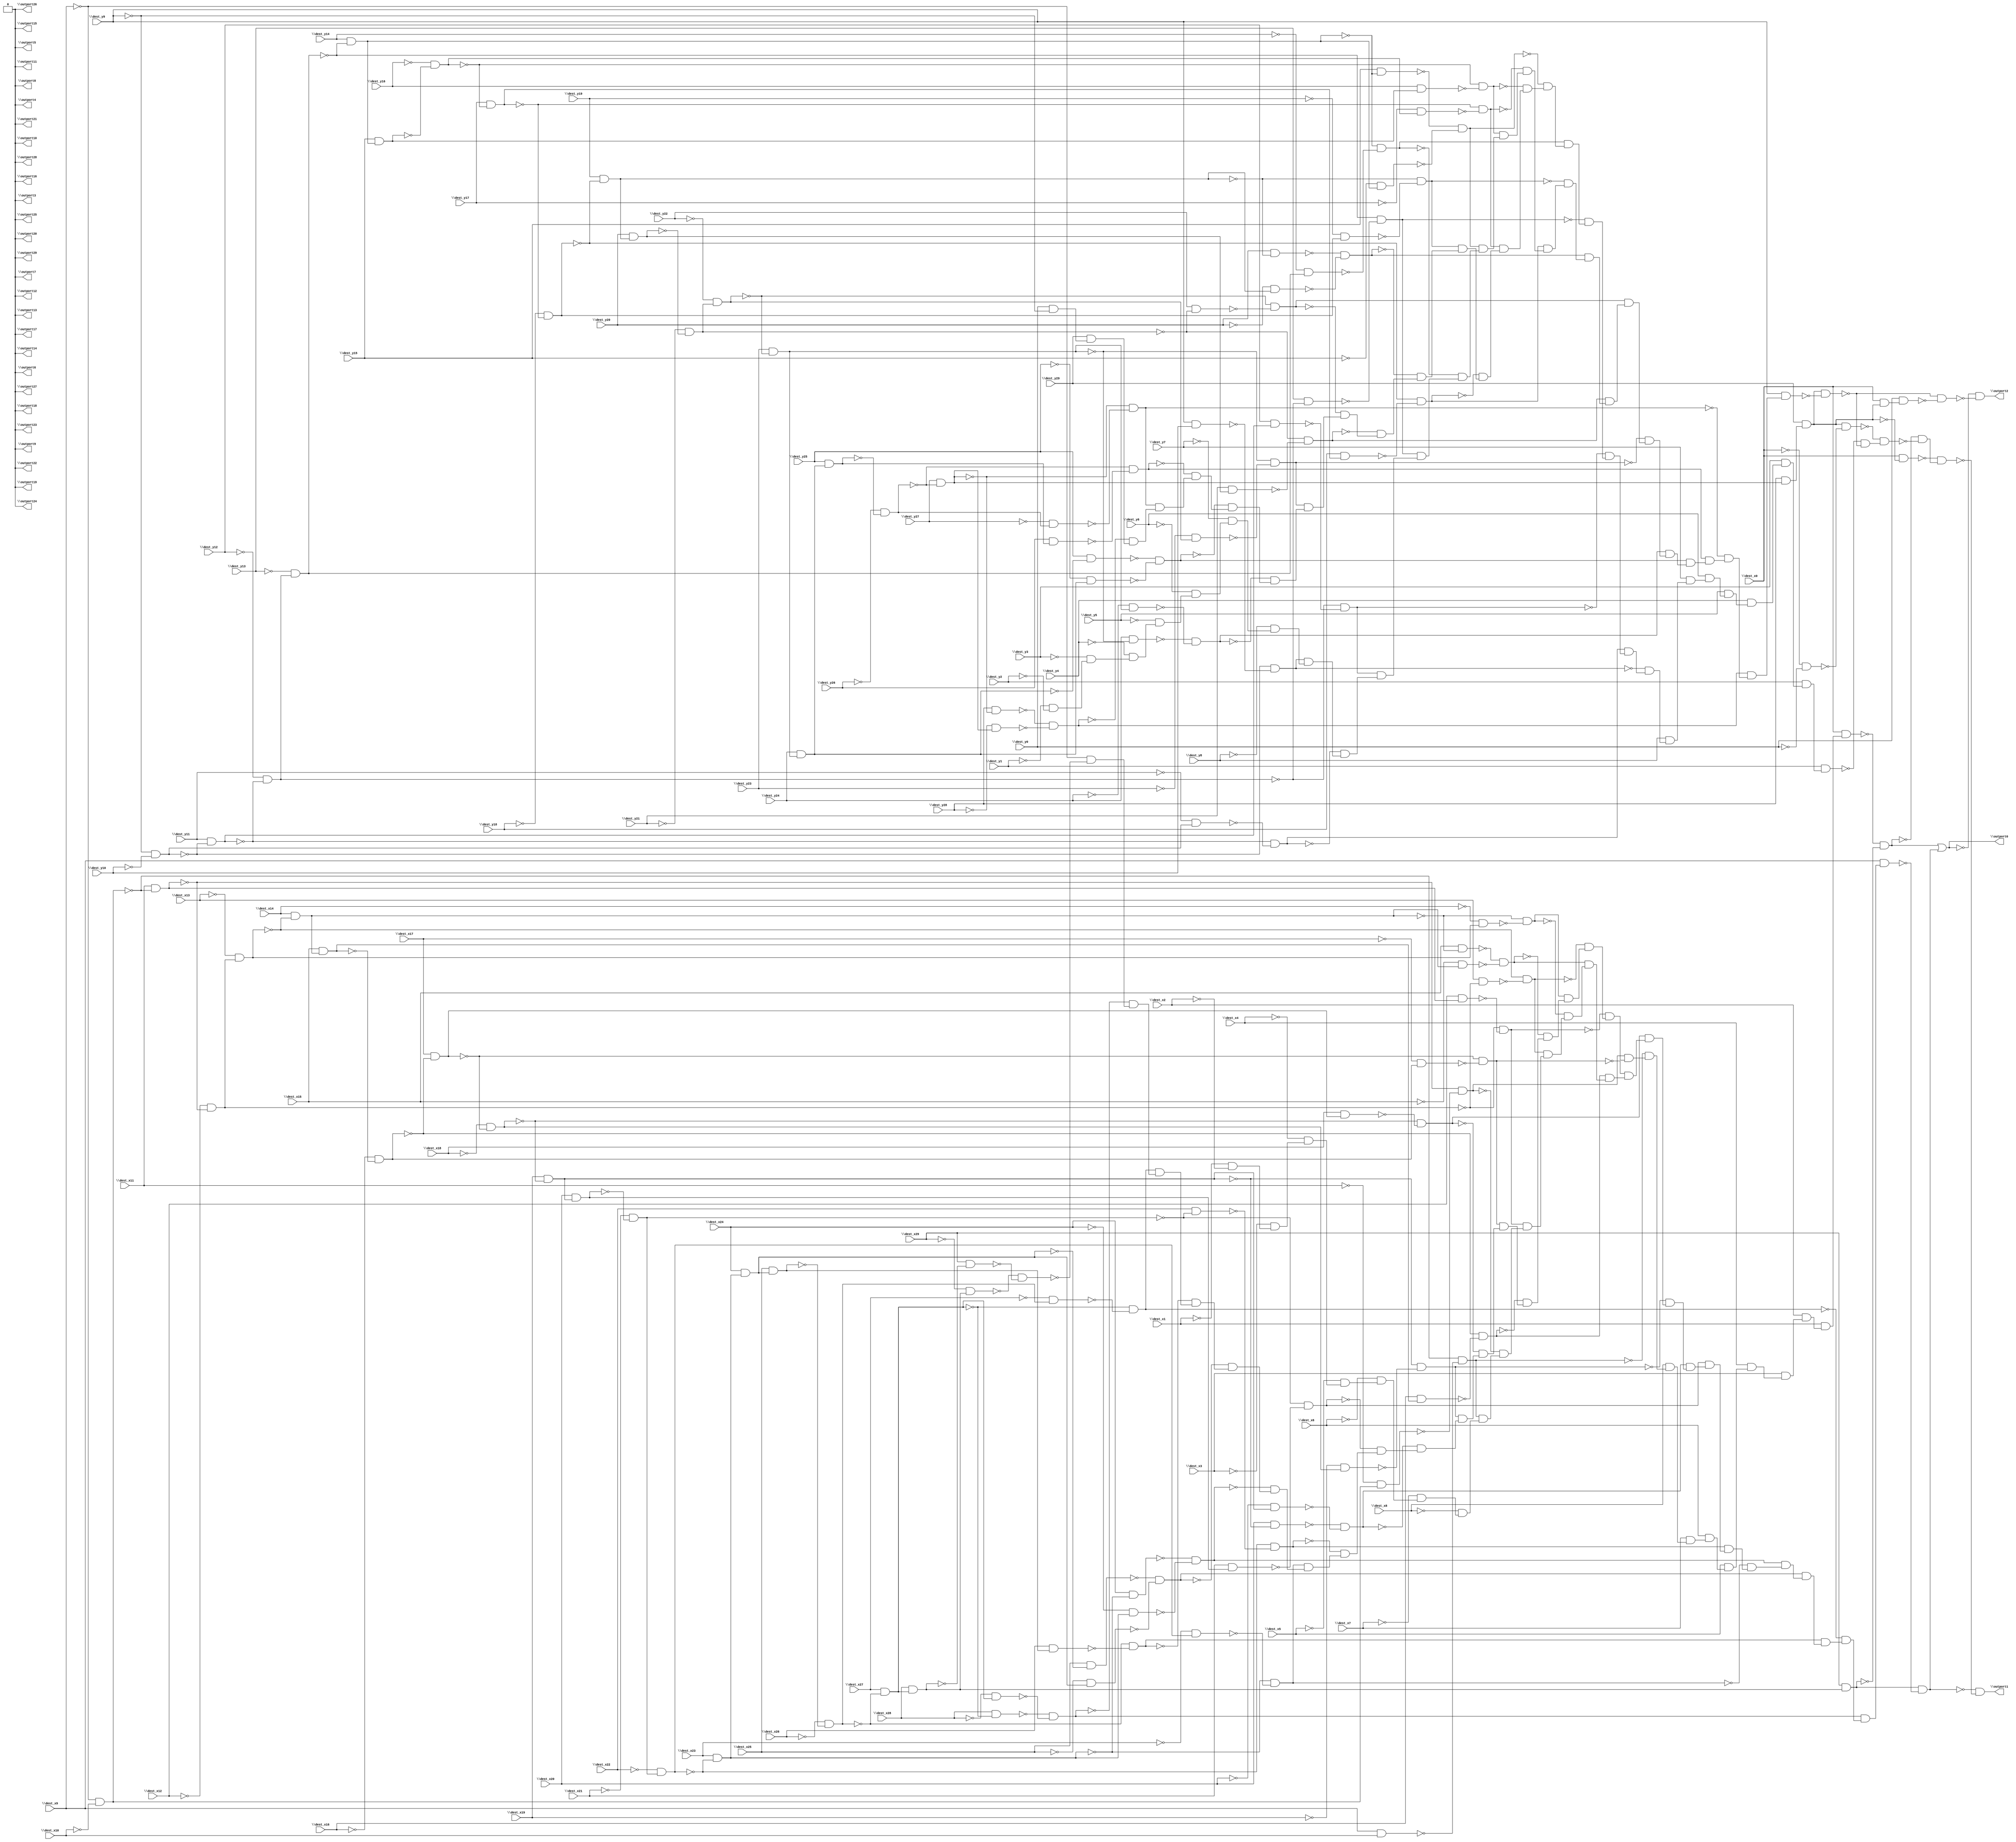
module top ( 
    \dest_x0 , \dest_x1 , \dest_x2 , \dest_x3 , \dest_x4 ,
    \dest_x5 , \dest_x6 , \dest_x7 , \dest_x8 , \dest_x9 ,
    \dest_x10 , \dest_x11 , \dest_x12 , \dest_x13 , \dest_x14 ,
    \dest_x15 , \dest_x16 , \dest_x17 , \dest_x18 , \dest_x19 ,
    \dest_x20 , \dest_x21 , \dest_x22 , \dest_x23 , \dest_x24 ,
    \dest_x25 , \dest_x26 , \dest_x27 , \dest_x28 , \dest_x29 ,
    \dest_y0 , \dest_y1 , \dest_y2 , \dest_y3 , \dest_y4 ,
    \dest_y5 , \dest_y6 , \dest_y7 , \dest_y8 , \dest_y9 ,
    \dest_y10 , \dest_y11 , \dest_y12 , \dest_y13 , \dest_y14 ,
    \dest_y15 , \dest_y16 , \dest_y17 , \dest_y18 , \dest_y19 ,
    \dest_y20 , \dest_y21 , \dest_y22 , \dest_y23 , \dest_y24 ,
    \dest_y25 , \dest_y26 , \dest_y27 , \dest_y28 , \dest_y29 ,
    \outport0 , \outport1 , \outport2 , \outport3 , \outport4 ,
    \outport5 , \outport6 , \outport7 , \outport8 , \outport9 ,
    \outport10 , \outport11 , \outport12 , \outport13 ,
    \outport14 , \outport15 , \outport16 , \outport17 ,
    \outport18 , \outport19 , \outport20 , \outport21 ,
    \outport22 , \outport23 , \outport24 , \outport25 ,
    \outport26 , \outport27 , \outport28 , \outport29   );
  input  \dest_x0 , \dest_x1 , \dest_x2 , \dest_x3 , \dest_x4 ,
    \dest_x5 , \dest_x6 , \dest_x7 , \dest_x8 , \dest_x9 ,
    \dest_x10 , \dest_x11 , \dest_x12 , \dest_x13 , \dest_x14 ,
    \dest_x15 , \dest_x16 , \dest_x17 , \dest_x18 , \dest_x19 ,
    \dest_x20 , \dest_x21 , \dest_x22 , \dest_x23 , \dest_x24 ,
    \dest_x25 , \dest_x26 , \dest_x27 , \dest_x28 , \dest_x29 ,
    \dest_y0 , \dest_y1 , \dest_y2 , \dest_y3 , \dest_y4 ,
    \dest_y5 , \dest_y6 , \dest_y7 , \dest_y8 , \dest_y9 ,
    \dest_y10 , \dest_y11 , \dest_y12 , \dest_y13 , \dest_y14 ,
    \dest_y15 , \dest_y16 , \dest_y17 , \dest_y18 , \dest_y19 ,
    \dest_y20 , \dest_y21 , \dest_y22 , \dest_y23 , \dest_y24 ,
    \dest_y25 , \dest_y26 , \dest_y27 , \dest_y28 , \dest_y29 ;
  output \outport0 , \outport1 , \outport2 , \outport3 , \outport4 ,
    \outport5 , \outport6 , \outport7 , \outport8 , \outport9 ,
    \outport10 , \outport11 , \outport12 , \outport13 ,
    \outport14 , \outport15 , \outport16 , \outport17 ,
    \outport18 , \outport19 , \outport20 , \outport21 ,
    \outport22 , \outport23 , \outport24 , \outport25 ,
    \outport26 , \outport27 , \outport28 , \outport29 ;
  wire n92, n93, n94, n95, n96, n97, n98, n99, n100, n101, n102, n103, n104,
    n105, n106, n107, n108, n109, n110, n111, n112, n113, n114, n115, n116,
    n117, n118, n119, n120, n121, n122, n123, n124, n125, n126, n127, n128,
    n129, n130, n131, n132, n133, n134, n135, n136, n137, n138, n139, n140,
    n141, n142, n143, n144, n145, n146, n147, n148, n149, n150, n151, n152,
    n153, n154, n155, n156, n157, n158, n159, n160, n161, n162, n163, n164,
    n165, n166, n167, n168, n169, n170, n171, n172, n173, n174, n175, n176,
    n177, n178, n179, n180, n181, n182, n183, n184, n185, n186, n187, n188,
    n189, n190, n191, n192, n193, n194, n195, n196, n197, n198, n199, n200,
    n201, n202, n203, n204, n205, n206, n207, n208, n209, n210, n211, n212,
    n213, n214, n215, n217, n218, n219, n220, n221, n222, n223, n224, n225,
    n226, n227, n228, n229, n230, n231, n232, n233, n234, n235, n236, n237,
    n238, n239, n240, n241, n242, n243, n244, n245, n246, n247, n248, n249,
    n250, n251, n252, n253, n254, n255, n256, n257, n258, n259, n260, n261,
    n262, n263, n264, n265, n266, n267, n268, n269, n270, n271, n272, n273,
    n274, n275, n276, n277, n278, n279, n280, n281, n282, n283, n284, n285,
    n286, n287, n288, n289, n290, n291, n292, n293, n294, n295, n296, n297,
    n298, n299, n300, n301, n302, n303, n304, n305, n306, n307, n308, n309,
    n310, n311, n312, n313, n314, n315, n316, n317, n318, n319, n320, n321,
    n322, n323, n324, n325, n326, n327, n328, n329, n330, n331, n332, n333,
    n334, n335, n336, n337, n338, n339, n340, n341, n342, n343, n345, n346,
    n347;
  assign n92 = ~\dest_x9  & ~\dest_x10 ;
  assign n93 = \dest_x9  & \dest_x10 ;
  assign n94 = ~n92 & ~n93;
  assign n95 = \dest_x11  & ~n92;
  assign n96 = ~\dest_x11  & n92;
  assign n97 = ~n95 & ~n96;
  assign n98 = ~\dest_x12  & ~n95;
  assign n99 = \dest_x12  & n95;
  assign n100 = ~n98 & ~n99;
  assign n101 = ~\dest_x13  & n98;
  assign n102 = \dest_x13  & ~n98;
  assign n103 = ~n101 & ~n102;
  assign n104 = \dest_x14  & ~n101;
  assign n105 = ~\dest_x14  & n101;
  assign n106 = ~n104 & ~n105;
  assign n107 = \dest_x15  & ~n104;
  assign n108 = ~\dest_x15  & n104;
  assign n109 = ~n107 & ~n108;
  assign n110 = \dest_x15  & n104;
  assign n111 = ~\dest_x16  & ~n110;
  assign n112 = \dest_x16  & n110;
  assign n113 = ~n111 & ~n112;
  assign n114 = \dest_x17  & ~n111;
  assign n115 = ~\dest_x17  & n111;
  assign n116 = ~n114 & ~n115;
  assign n117 = ~\dest_x18  & ~n114;
  assign n118 = \dest_x18  & n114;
  assign n119 = ~n117 & ~n118;
  assign n120 = \dest_x19  & ~n117;
  assign n121 = ~\dest_x19  & n117;
  assign n122 = ~n120 & ~n121;
  assign n123 = \dest_x20  & ~n120;
  assign n124 = ~\dest_x20  & n120;
  assign n125 = ~n123 & ~n124;
  assign n126 = \dest_x20  & n120;
  assign n127 = ~\dest_x21  & ~n126;
  assign n128 = \dest_x21  & n126;
  assign n129 = ~n127 & ~n128;
  assign n130 = ~\dest_x22  & n127;
  assign n131 = \dest_x22  & ~n127;
  assign n132 = ~n130 & ~n131;
  assign n133 = \dest_x23  & ~n130;
  assign n134 = ~\dest_x23  & n130;
  assign n135 = ~n133 & ~n134;
  assign n136 = \dest_x24  & ~n133;
  assign n137 = ~\dest_x24  & n133;
  assign n138 = ~n136 & ~n137;
  assign n139 = \dest_x24  & n133;
  assign n140 = \dest_x25  & ~n139;
  assign n141 = ~\dest_x25  & n139;
  assign n142 = ~n140 & ~n141;
  assign n143 = \dest_x25  & n139;
  assign n144 = ~\dest_x26  & ~n143;
  assign n145 = \dest_x26  & n143;
  assign n146 = ~n144 & ~n145;
  assign n147 = \dest_x27  & ~n144;
  assign n148 = ~\dest_x27  & n144;
  assign n149 = ~n147 & ~n148;
  assign n150 = \dest_x28  & ~n147;
  assign n151 = ~\dest_x28  & n147;
  assign n152 = ~n150 & ~n151;
  assign n153 = \dest_x28  & n147;
  assign n154 = ~\dest_x29  & n153;
  assign n155 = \dest_x29  & ~n153;
  assign n156 = ~n154 & ~n155;
  assign n157 = ~\dest_x9  & ~n156;
  assign n158 = ~n152 & n157;
  assign n159 = n149 & n158;
  assign n160 = ~n146 & n159;
  assign n161 = ~n142 & n160;
  assign n162 = ~n138 & n161;
  assign n163 = n135 & n162;
  assign n164 = ~n132 & n163;
  assign n165 = ~n129 & n164;
  assign n166 = ~n125 & n165;
  assign n167 = n122 & n166;
  assign n168 = ~n119 & n167;
  assign n169 = n116 & n168;
  assign n170 = ~n113 & n169;
  assign n171 = ~n109 & n170;
  assign n172 = n106 & n171;
  assign n173 = ~n103 & n172;
  assign n174 = ~n100 & n173;
  assign n175 = n97 & n174;
  assign n176 = ~n94 & n175;
  assign n177 = \dest_x8  & n176;
  assign n178 = \dest_x7  & n177;
  assign n179 = \dest_x6  & n178;
  assign n180 = \dest_x5  & n179;
  assign n181 = \dest_x4  & n180;
  assign n182 = \dest_x3  & n181;
  assign n183 = \dest_x2  & n182;
  assign n184 = \dest_x1  & n183;
  assign n185 = \dest_x0  & n184;
  assign n186 = \dest_x29  & n153;
  assign n187 = ~n185 & ~n186;
  assign n188 = ~\dest_x1  & ~\dest_x2 ;
  assign n189 = ~\dest_x3  & n188;
  assign n190 = ~\dest_x4  & n189;
  assign n191 = ~\dest_x5  & n190;
  assign n192 = ~\dest_x6  & n191;
  assign n193 = ~\dest_x7  & n192;
  assign n194 = ~\dest_x8  & n193;
  assign n195 = n94 & n194;
  assign n196 = ~n97 & n195;
  assign n197 = n100 & n196;
  assign n198 = n103 & n197;
  assign n199 = ~n106 & n198;
  assign n200 = n109 & n199;
  assign n201 = n113 & n200;
  assign n202 = ~n116 & n201;
  assign n203 = n119 & n202;
  assign n204 = ~n122 & n203;
  assign n205 = n125 & n204;
  assign n206 = n129 & n205;
  assign n207 = n132 & n206;
  assign n208 = ~n135 & n207;
  assign n209 = n138 & n208;
  assign n210 = n142 & n209;
  assign n211 = n146 & n210;
  assign n212 = ~n149 & n211;
  assign n213 = n152 & n212;
  assign n214 = \dest_x9  & n213;
  assign n215 = n186 & ~n214;
  assign \outport0  = n187 | n215;
  assign n217 = ~\dest_y9  & ~\dest_y10 ;
  assign n218 = \dest_y11  & ~n217;
  assign n219 = ~\dest_y12  & ~n218;
  assign n220 = ~\dest_y13  & n219;
  assign n221 = \dest_y14  & ~n220;
  assign n222 = \dest_y15  & n221;
  assign n223 = ~\dest_y16  & ~n222;
  assign n224 = \dest_y17  & ~n223;
  assign n225 = ~\dest_y18  & ~n224;
  assign n226 = \dest_y19  & ~n225;
  assign n227 = \dest_y20  & n226;
  assign n228 = ~\dest_y21  & ~n227;
  assign n229 = ~\dest_y22  & n228;
  assign n230 = \dest_y23  & ~n229;
  assign n231 = \dest_y24  & n230;
  assign n232 = \dest_y25  & n231;
  assign n233 = ~\dest_y26  & ~n232;
  assign n234 = \dest_y27  & ~n233;
  assign n235 = \dest_y28  & n234;
  assign n236 = \dest_y29  & n235;
  assign n237 = \dest_x0  & ~n236;
  assign n238 = ~\dest_x0  & ~\dest_y0 ;
  assign n239 = n236 & ~n238;
  assign n240 = \dest_y9  & \dest_y10 ;
  assign n241 = ~n217 & ~n240;
  assign n242 = ~\dest_y11  & n217;
  assign n243 = ~n218 & ~n242;
  assign n244 = \dest_y12  & n218;
  assign n245 = ~n219 & ~n244;
  assign n246 = \dest_y13  & ~n219;
  assign n247 = ~n220 & ~n246;
  assign n248 = ~\dest_y14  & n220;
  assign n249 = ~n221 & ~n248;
  assign n250 = \dest_y15  & ~n221;
  assign n251 = ~\dest_y15  & n221;
  assign n252 = ~n250 & ~n251;
  assign n253 = \dest_y16  & n222;
  assign n254 = ~n223 & ~n253;
  assign n255 = ~\dest_y17  & n223;
  assign n256 = ~n224 & ~n255;
  assign n257 = \dest_y18  & n224;
  assign n258 = ~n225 & ~n257;
  assign n259 = ~\dest_y19  & n225;
  assign n260 = ~n226 & ~n259;
  assign n261 = \dest_y20  & ~n226;
  assign n262 = ~\dest_y20  & n226;
  assign n263 = ~n261 & ~n262;
  assign n264 = \dest_y21  & n227;
  assign n265 = ~n228 & ~n264;
  assign n266 = \dest_y22  & ~n228;
  assign n267 = ~n229 & ~n266;
  assign n268 = ~\dest_y23  & n229;
  assign n269 = ~n230 & ~n268;
  assign n270 = \dest_y24  & ~n230;
  assign n271 = ~\dest_y24  & n230;
  assign n272 = ~n270 & ~n271;
  assign n273 = \dest_y25  & ~n231;
  assign n274 = ~\dest_y25  & n231;
  assign n275 = ~n273 & ~n274;
  assign n276 = \dest_y26  & n232;
  assign n277 = ~n233 & ~n276;
  assign n278 = ~\dest_y27  & n233;
  assign n279 = ~n234 & ~n278;
  assign n280 = \dest_y28  & ~n234;
  assign n281 = ~\dest_y28  & n234;
  assign n282 = ~n280 & ~n281;
  assign n283 = \dest_y0  & ~\dest_y9 ;
  assign n284 = \dest_y29  & n283;
  assign n285 = ~n282 & n284;
  assign n286 = n279 & n285;
  assign n287 = ~n277 & n286;
  assign n288 = ~n275 & n287;
  assign n289 = ~n272 & n288;
  assign n290 = n269 & n289;
  assign n291 = ~n267 & n290;
  assign n292 = ~n265 & n291;
  assign n293 = ~n263 & n292;
  assign n294 = n260 & n293;
  assign n295 = ~n258 & n294;
  assign n296 = n256 & n295;
  assign n297 = ~n254 & n296;
  assign n298 = ~n252 & n297;
  assign n299 = n249 & n298;
  assign n300 = ~n247 & n299;
  assign n301 = ~n245 & n300;
  assign n302 = n243 & n301;
  assign n303 = ~n241 & n302;
  assign n304 = \dest_y8  & n303;
  assign n305 = \dest_y7  & n304;
  assign n306 = \dest_y6  & n305;
  assign n307 = \dest_y5  & n306;
  assign n308 = \dest_y4  & n307;
  assign n309 = \dest_y3  & n308;
  assign n310 = \dest_y2  & n309;
  assign n311 = \dest_y1  & n310;
  assign n312 = ~\dest_y1  & ~\dest_y2 ;
  assign n313 = ~\dest_y3  & n312;
  assign n314 = ~\dest_y4  & n313;
  assign n315 = ~\dest_y5  & n314;
  assign n316 = ~\dest_y6  & n315;
  assign n317 = ~\dest_y7  & n316;
  assign n318 = ~\dest_y8  & n317;
  assign n319 = n241 & n318;
  assign n320 = ~n243 & n319;
  assign n321 = n245 & n320;
  assign n322 = n247 & n321;
  assign n323 = ~n249 & n322;
  assign n324 = n252 & n323;
  assign n325 = n254 & n324;
  assign n326 = ~n256 & n325;
  assign n327 = n258 & n326;
  assign n328 = ~n260 & n327;
  assign n329 = n263 & n328;
  assign n330 = n265 & n329;
  assign n331 = n267 & n330;
  assign n332 = ~n269 & n331;
  assign n333 = n272 & n332;
  assign n334 = n275 & n333;
  assign n335 = n277 & n334;
  assign n336 = ~n279 & n335;
  assign n337 = n282 & n336;
  assign n338 = \dest_y9  & n337;
  assign n339 = n236 & ~n338;
  assign n340 = ~n311 & ~n339;
  assign n341 = ~n239 & n340;
  assign n342 = ~n187 & ~n341;
  assign n343 = ~n237 & n342;
  assign \outport1  = ~n215 & ~n343;
  assign n345 = \dest_x0  & n236;
  assign n346 = \dest_y0  & n345;
  assign n347 = ~n339 & ~n346;
  assign \outport2  = ~\outport0  & ~n347;
  assign \outport3  = 0;
  assign \outport4  = 0;
  assign \outport5  = 0;
  assign \outport6  = 0;
  assign \outport7  = 0;
  assign \outport8  = 0;
  assign \outport9  = 0;
  assign \outport10  = 0;
  assign \outport11  = 0;
  assign \outport12  = 0;
  assign \outport13  = 0;
  assign \outport14  = 0;
  assign \outport15  = 0;
  assign \outport16  = 0;
  assign \outport17  = 0;
  assign \outport18  = 0;
  assign \outport19  = 0;
  assign \outport20  = 0;
  assign \outport21  = 0;
  assign \outport22  = 0;
  assign \outport23  = 0;
  assign \outport24  = 0;
  assign \outport25  = 0;
  assign \outport26  = 0;
  assign \outport27  = 0;
  assign \outport28  = 0;
  assign \outport29  = 0;
endmodule